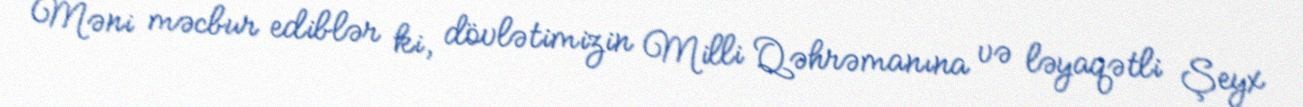
Məni məcbur ediblər ki, dövlətimizin Milli Qəhrəmanına və ləyaqətli Şeyx